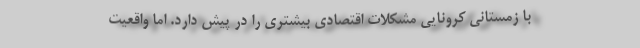
با زمستانی کرونایی مشکلات اقتصادی بیشتری را در پیش دارد. اما واقعیت